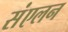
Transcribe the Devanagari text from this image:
संंएलन